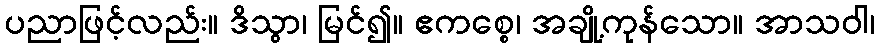
ပညာဖြင့်လည်း။ ဒိသွာ၊ မြင်၍။ ဧကစ္စေ၊ အချို့ကုန်သော။ အာသဝါ၊